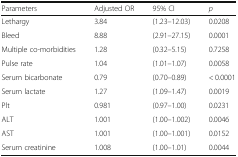
| Parameters | Adjusted OR | 95% CI | p |
 | --- | --- | --- | --- |
 | Lethargy | 3.84 | (1.23–12.03) | 0.0208 |
 | Bleed | 8.88 | (2.91–27.15) | 0.0001 |
 | Multiple co-morbidities | 1.28 | (0.32–5.15) | 0.7258 |
 | Pulse rate | 1.04 | (1.01–1.07) | 0.0058 |
 | Serum bicarbonate | 0.79 | (0.70–0.89) | < 0.0001 |
 | Serum lactate | 1.27 | (1.09–1.47) | 0.0019 |
 | Plt | 0.981 | (0.97–1.00) | 0.0231 |
 | ALT | 1.001 | (1.00–1.002) | 0.0046 |
 | AST | 1.001 | (1.00–1.001) | 0.0152 |
 | Serum creatinine | 1.008 | (1.00–1.01) | 0.0044 |